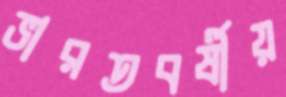
ভারতবর্ষীয়